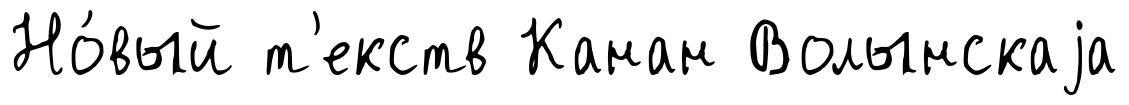
Но́вый т'екств Канан Волынскаjа